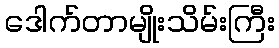
ဒေါက်တာမျိုးသိမ်းကြီး